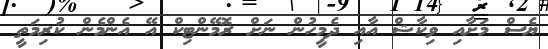
ޔެސް މަށާއި ވިކާޝް އާއި ދެމީހުން ނަށް ރޮމޭންޓިކް އޭ އެންމެން ކުރިމަތީ